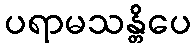
ပရာမသန္တိပေ